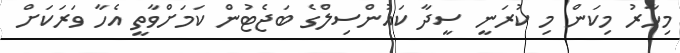
މިހާރު މިކަން މި ކުރަނީ ސީދާ ކައުންސިލްގެ ބަޖެޓުން ކަމަށްވާތީ އެހާ ވަރަކަށް